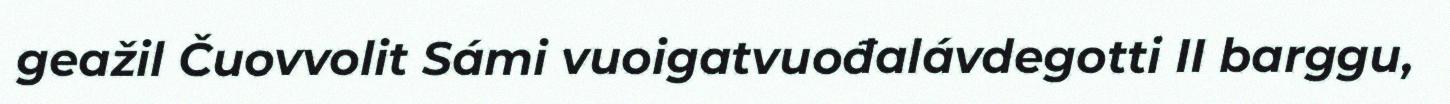
geažil Čuovvolit Sámi vuoigatvuođalávdegotti II barggu,